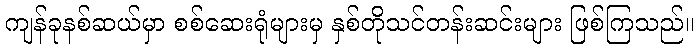
ကျန်ခုနစ်ဆယ်မှာ စစ်ဆေးရုံများမှ နှစ်တိုသင်တန်းဆင်းများ ဖြစ်ကြသည်။